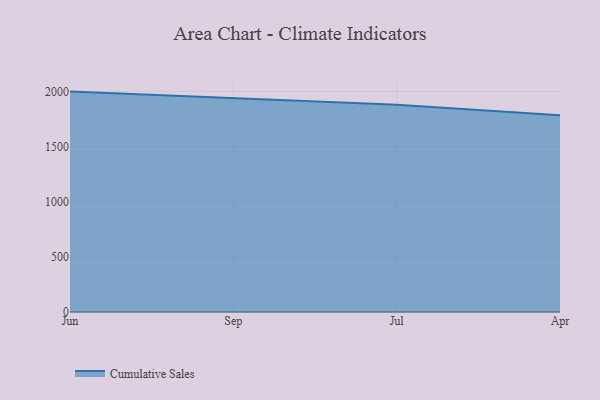
{"axis": {"x": "Month", "y": "Temperature (°C)"}, "legend": ["Cumulative Sales"], "data": [{"x": "Jun", "y": 1997.8, "type": "Cumulative Sales"}, {"x": "Sep", "y": 1941.6, "type": "Cumulative Sales"}, {"x": "Jul", "y": 1879.7, "type": "Cumulative Sales"}, {"x": "Apr", "y": 1783.4, "type": "Cumulative Sales"}]}